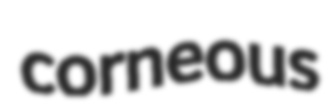
corneous